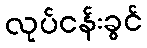
လုပ်ငန်းခွင်